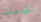
الخدمات